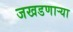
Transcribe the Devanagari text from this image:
जखडणाऱ्या